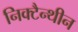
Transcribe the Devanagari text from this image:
निक्टैन्थीन